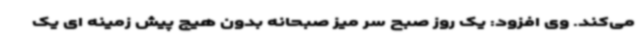
می‌کند. وی افزود: یک روز صبح سر میز صبحانه بدون هیچ پیش زمینه ای یک